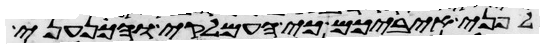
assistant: לפני איביכם כי העמלקי והכנעני